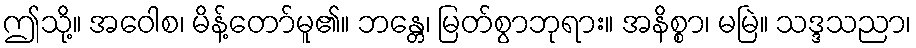
ဤသို့။ အဝေါစ၊ မိန့်တော်မူ၏။ ဘန္တေ၊ မြတ်စွာဘုရား။ အနိစ္စာ၊ မမြဲ။ သဒ္ဒသညာ၊